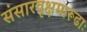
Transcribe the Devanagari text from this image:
संसारवृक्षमारूढाः